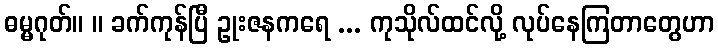
ဓမ္မဂုတ်။ ။ ခက်ကုန်ပြီ ဥုးဇနကရေ ... ကုသိုလ်ထင်လို့ လုပ်နေကြတာတွေဟာ